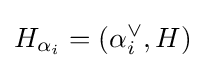
H_{\alpha _{i}}=(\alpha _{i}^{\vee },H)